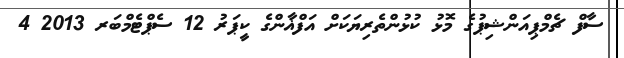
ސާފް ޗެމްޕިއަންޝިޕުގެ މޮޅު ކުޅުންތެރިޔަކަށް އަފްޣާންގެ ކީޕަރު 12 ސެޕްޓެމްބަރ 2013 4